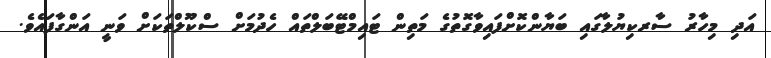
އަދި މިހާރު ސާރކިޔުލާގައި ބަޔާންކޮށްފައިވާގޮތުގެ މަތިން ޓައިމްޓޭބަލްތައް ހެދުމަށް ސްކޫލްތަކަށް ވަނީ އަންގާފައެވެ.